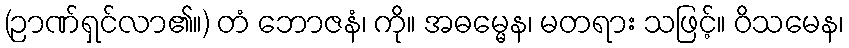
(ဉာဏ်ရှင်လာ၏။) တံ ဘောဇနံ၊ ကို။ အဓမ္မေန၊ မတရား သဖြင့်။ ဝိသမေန၊